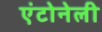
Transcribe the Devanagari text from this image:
एंटोनेली